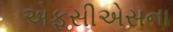
એફસીએસના